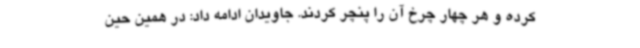
کرده و هر چهار چرخ آن را پنچر کردند. جاویدان ادامه داد: در همین حین